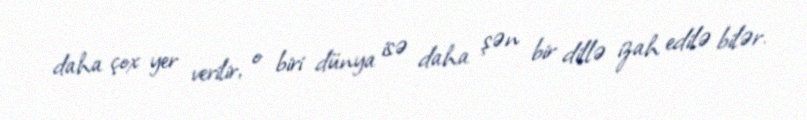
daha çox yer verilir, o biri dünya isə daha şən bir dillə izah edilə bilər.